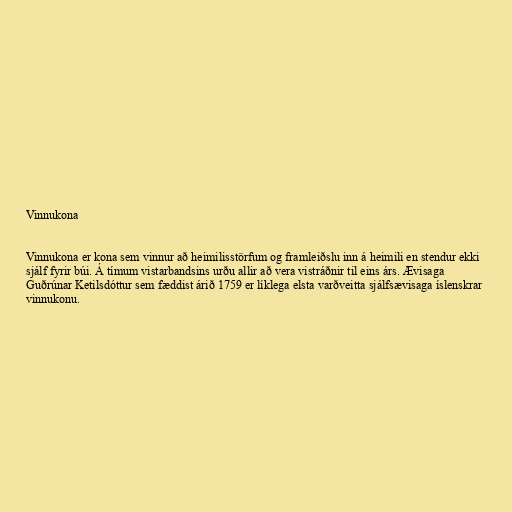
Vinnukona

Vinnukona er kona sem vinnur að heimilisstörfum og framleiðslu inn á heimili en stendur ekki
sjálf fyrir búi. Á tímum vistarbandsins urðu allir að vera vistráðnir til eins árs. Ævisaga
Guðrúnar Ketilsdóttur sem fæddist árið 1759 er líklega elsta varðveitta sjálfsævisaga íslenskrar
vinnukonu.